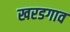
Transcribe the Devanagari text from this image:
खरडगाव